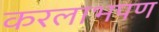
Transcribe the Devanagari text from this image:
करलाभपण